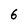
Character: 6